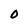
Character: 0